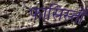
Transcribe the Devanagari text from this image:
फ़ासिस्तों